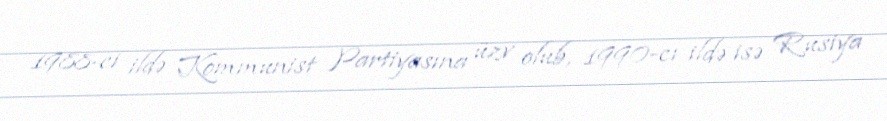
1988-ci ildə Kommunist Partiyasına üzv olub, 1990-cı ildə isə Rusiya